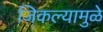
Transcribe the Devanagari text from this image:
जिकल्यामुळे